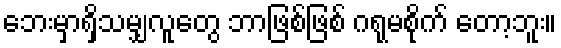
ဘေးမှာရှိသမျှလူတွေ ဘာဖြစ်ဖြစ် ဂရုမစိုက် တော့ဘူး။